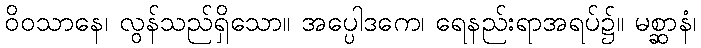
ဝိဝသာနေ၊ လွန်သည်ရှိသော။ အပ္ပေါဒကေ၊ ရေနည်းရာအရပ်၌။ မစ္ဆာနံ၊